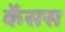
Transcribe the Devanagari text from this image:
केंसस